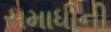
સમાધીની